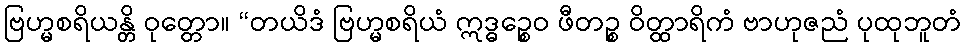
ဗြဟ္မစရိယန္တိ ဝုတ္တော။ “တယိဒံ ဗြဟ္မစရိယံ ဣဒ္ဓဉ္စေဝ ဖီတဉ္စ ဝိတ္ထာရိကံ ဗာဟုဇညံ ပုထုဘူတံ